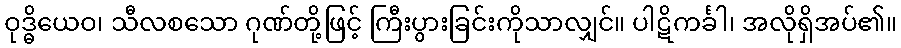
ဝုဒ္ဓိယေဝ၊ သီလစသော ဂုဏ်တို့ဖြင့် ကြီးပွားခြင်းကိုသာလျှင်။ ပါဋိကင်္ခါ၊ အလိုရှိအပ်၏။